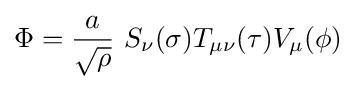
\Phi ={\frac {a}{\sqrt {\rho }}}\,\,S_{\nu }(\sigma )T_{\mu \nu }(\tau )V_{\mu }(\phi )